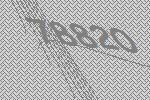
78820